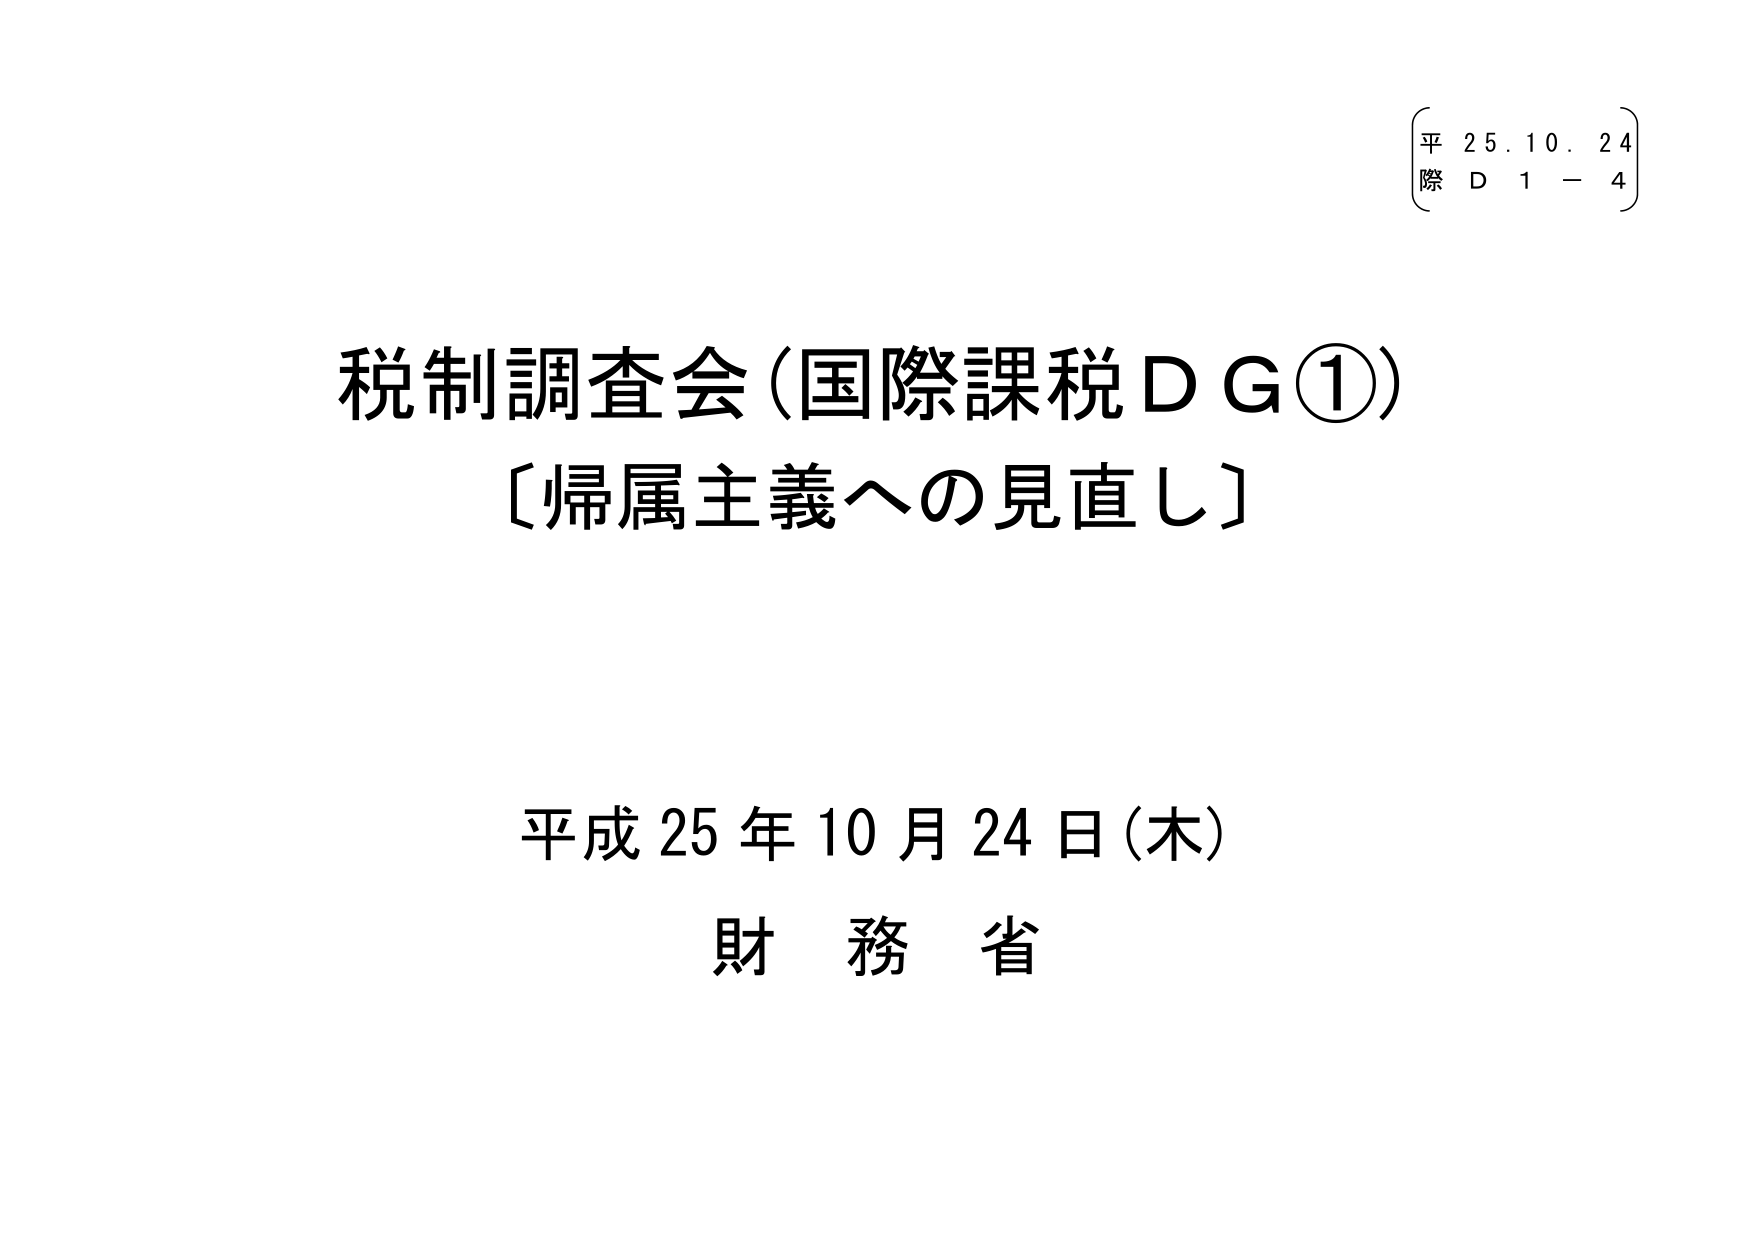
平 25.10.24
際 D 1 - 4

税制調査会（国際課税ＤＧ①）
〔帰属主義への見直し〕

平成25年10月24日（木）
財務省